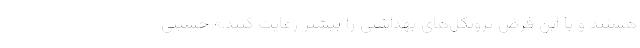
هستند و با این فرض پروتکل‌های بهداشتی را بیشتر رعایت کنند.» حسینی